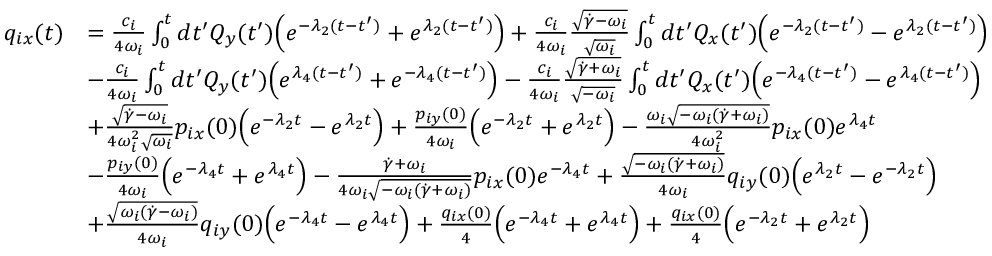
\begin{array} { r l } { q _ { i x } ( t ) } & { = \frac { c _ { i } } { 4 \omega _ { i } } \int _ { 0 } ^ { t } d t ^ { \prime } Q _ { y } ( t ^ { \prime } ) \Bigl ( e ^ { - \lambda _ { 2 } ( t - t ^ { \prime } ) } + e ^ { \lambda _ { 2 } ( t - t ^ { \prime } ) } \Bigr ) + \frac { c _ { i } } { 4 \omega _ { i } } \frac { \sqrt { \dot { \gamma } - \omega _ { i } } } { \sqrt { \omega _ { i } } } \int _ { 0 } ^ { t } d t ^ { \prime } Q _ { x } ( t ^ { \prime } ) \Bigl ( e ^ { - \lambda _ { 2 } ( t - t ^ { \prime } ) } - e ^ { \lambda _ { 2 } ( t - t ^ { \prime } ) } \Bigr ) } \\ & { - \frac { c _ { i } } { 4 \omega _ { i } } \int _ { 0 } ^ { t } d t ^ { \prime } Q _ { y } ( t ^ { \prime } ) \Bigl ( e ^ { \lambda _ { 4 } ( t - t ^ { \prime } ) } + e ^ { - \lambda _ { 4 } ( t - t ^ { \prime } ) } \Bigr ) - \frac { c _ { i } } { 4 \omega _ { i } } \frac { \sqrt { \dot { \gamma } + \omega _ { i } } } { \sqrt { - \omega _ { i } } } \int _ { 0 } ^ { t } d t ^ { \prime } Q _ { x } ( t ^ { \prime } ) \Bigl ( e ^ { - \lambda _ { 4 } ( t - t ^ { \prime } ) } - e ^ { \lambda _ { 4 } ( t - t ^ { \prime } ) } \Bigr ) } \\ & { + \frac { \sqrt { \dot { \gamma } - \omega _ { i } } } { 4 \omega _ { i } ^ { 2 } \sqrt { \omega _ { i } } } p _ { i x } ( 0 ) \Bigl ( e ^ { - \lambda _ { 2 } t } - e ^ { \lambda _ { 2 } t } \Bigr ) + \frac { p _ { i y } ( 0 ) } { 4 \omega _ { i } } \Bigl ( e ^ { - \lambda _ { 2 } t } + e ^ { \lambda _ { 2 } t } \Bigr ) - \frac { \omega _ { i } \sqrt { - \omega _ { i } ( \dot { \gamma } + \omega _ { i } ) } } { 4 \omega _ { i } ^ { 2 } } p _ { i x } ( 0 ) e ^ { \lambda _ { 4 } t } } \\ & { - \frac { p _ { i y } ( 0 ) } { 4 \omega _ { i } } \Bigl ( e ^ { - \lambda _ { 4 } t } + e ^ { \lambda _ { 4 } t } \Bigr ) - \frac { \dot { \gamma } + \omega _ { i } } { 4 \omega _ { i } \sqrt { - \omega _ { i } ( \dot { \gamma } + \omega _ { i } ) } } p _ { i x } ( 0 ) e ^ { - \lambda _ { 4 } t } + \frac { \sqrt { - \omega _ { i } ( \dot { \gamma } + \omega _ { i } ) } } { 4 \omega _ { i } } q _ { i y } ( 0 ) \Bigl ( e ^ { \lambda _ { 2 } t } - e ^ { - \lambda _ { 2 } t } \Bigr ) } \\ & { + \frac { \sqrt { \omega _ { i } ( \dot { \gamma } - \omega _ { i } ) } } { 4 \omega _ { i } } q _ { i y } ( 0 ) \Bigl ( e ^ { - \lambda _ { 4 } t } - e ^ { \lambda _ { 4 } t } \Bigr ) + \frac { q _ { i x } ( 0 ) } { 4 } \Bigl ( e ^ { - \lambda _ { 4 } t } + e ^ { \lambda _ { 4 } t } \Bigr ) + \frac { q _ { i x } ( 0 ) } { 4 } \Bigl ( e ^ { - \lambda _ { 2 } t } + e ^ { \lambda _ { 2 } t } \Bigr ) } \end{array}